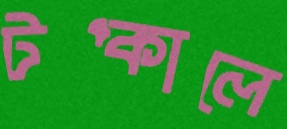
টপ্‌কালে